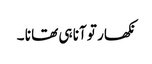
نکھار تو آنا ہی تھا نا ۔